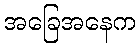
အခြေအနေက